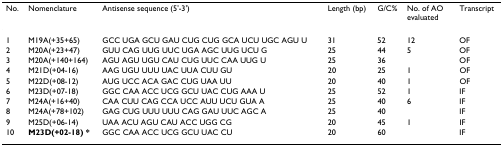
| No. | Nomenclature | Antisense sequence (5'-3') | Length (bp) | G/C% | No. of AO evaluated | Transcript |
 | --- | --- | --- | --- | --- | --- | --- |
 | 1 | M19A(+35+65) | GCC UGA GCU GAU CUG CUG GCA UCU UGC AGU U | 31 | 52 | 12 | OF |
 | 2 | M20A(+23+47) | GUU CAG UUG UUC UGA AGC UUG UCU G | 25 | 44 | 5 | OF |
 | 3 | M20A(+140+164) | AGU AGU UGU CAU CUG UUC CAA UUG U | 25 | 36 |  | OF |
 | 4 | M21D(+04-16) | AAG UGU UUU UAC UUA CUU GU | 20 | 25 | 1 | OF |
 | 5 | M22D(+08-12) | AUG UCC ACA GAC CUG UAA UU | 20 | 40 | 1 | OF |
 | 6 | M23D(+07-18) | GGC CAA ACC UCG GCU UAC CUG AAA U | 25 | 52 | 1 | IF |
 | 7 | M24A(+16+40) | CAA CUU CAG CCA UCC AUU UCU GUA A | 25 | 40 | 6 | IF |
 | 8 | M24A(+78+102) | GAG CUG UUU UUU CAG GAU UUC AGC A | 25 | 40 |  | IF |
 | 9 | M25D(+06-14) | UAA ACU AGU CAU ACC UGG CG | 20 | 45 | 1 | IF |
 | 10 | M23D(+02-18) * | GGC CAA ACC UCG GCU UAC CU | 20 | 60 |  | IF |